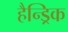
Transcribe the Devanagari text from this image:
हैन्ड्रिक